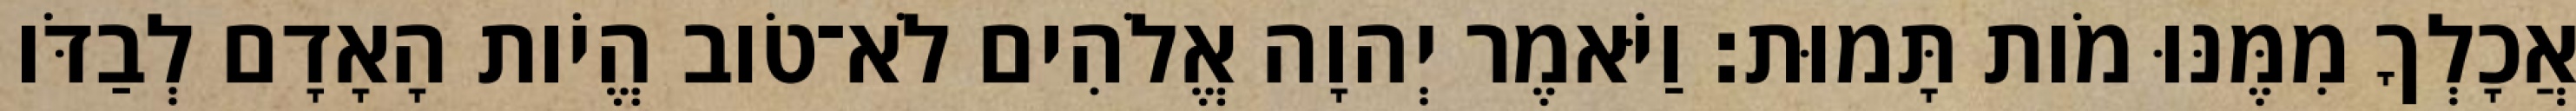
אֲכָלְךָ מִמֶּנּוּ מֹות תָּמוּת׃ וַיֹּאמֶר יְהוָה אֱלֹהִים לֹא־טֹוב הֱיֹות הָאָדָם לְבַדֹּו